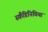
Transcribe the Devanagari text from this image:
स्कैंडिनिविया